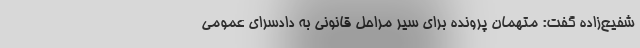
شفیع‌زاده گفت: متهمان پرونده برای سیر مراحل قانونی به دادسرای عمومی